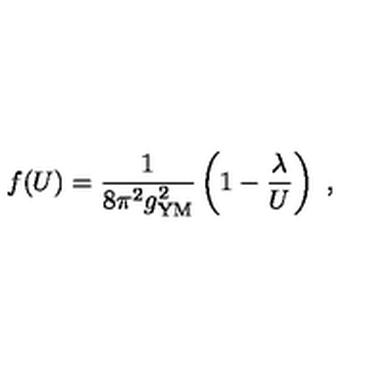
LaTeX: f ( U ) = { \frac { 1 } { 8 \pi ^ { 2 } g _ { \mathrm { Y M } } ^ { 2 } } } \left( 1 - { \frac { \lambda } { U } } \right) \ ,